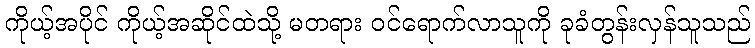
ကိုယ့်အပိုင် ကိုယ့်အဆိုင်ထဲသို့ မတရား ဝင်ရောက်လာသူကို ခုခံတွန်းလှန်သူသည်